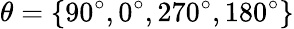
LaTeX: \theta=\{ 90^{\circ},0^{\circ},270^{\circ},180^{\circ}\}